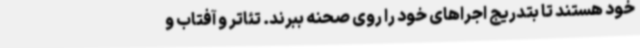
خود هستند تا بتدریج اجراهای خود را روی صحنه ببرند. تئاتر و آفتاب و